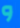
و